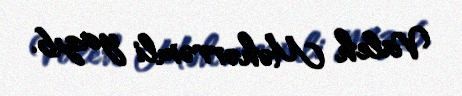
Valeh Məhərrəmli yazıb.